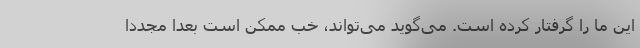
این ما را گرفتار کرده است. می‌گوید می‌تواند، خب ممکن است بعداً مجدداً